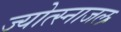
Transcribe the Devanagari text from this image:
ज्योत्स्नाजल